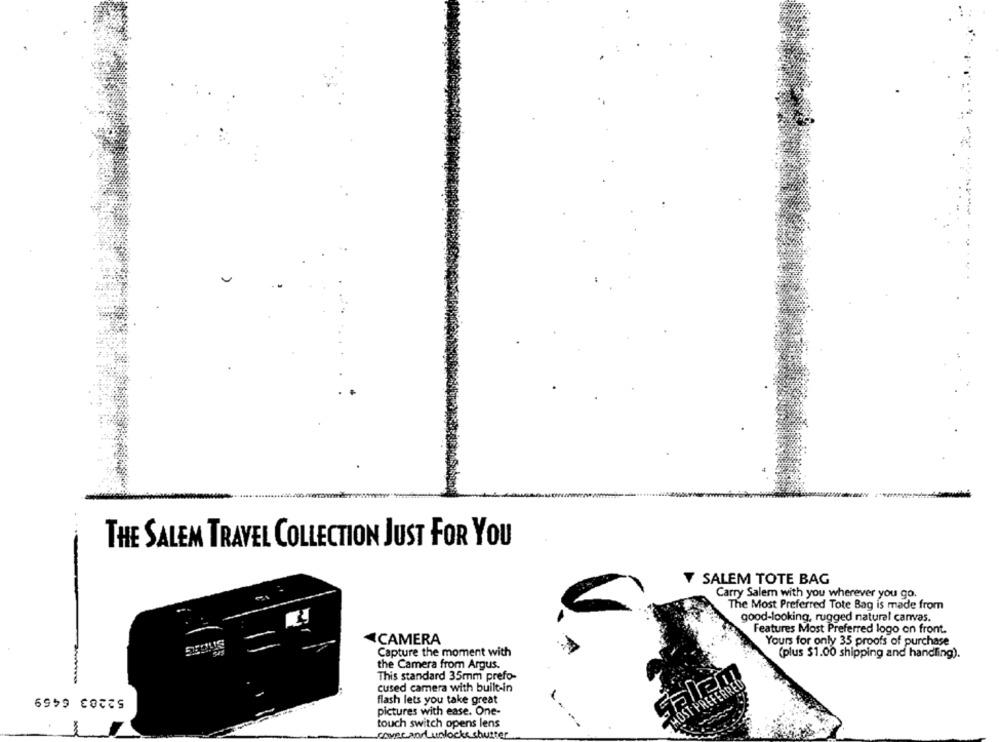
THE SALEM TRAVEL COLLECTION JUST FOR YOU
SALEM TOTE BAG
Carry Salem with you wherever you go.
The Most Preferred Tote Bag is made from
good-looking, rugged natural canvas.
Features Most Preferred logo on front.
CAMERA
Yours for only 35 proofs of purchase
Capture the moment with
(plus $1.00 shipping and handling).
the Camera from Argus.
This standard 35mm prefo-
Salem
cused camera with built-in
PREFERR
flash lets you take great
pictures with ease. One-
touch switch opens lens
cAvec.and unlocks shutter